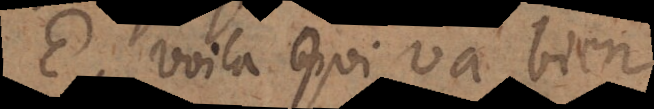
E. Voilà qui va bien,